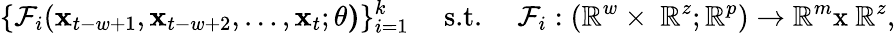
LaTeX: \{ \mathcal{F}_{i}(\mathbf{x}_{t-w+1},\mathbf{x}_{t-w+2},\dots,\mathbf{x}_{t};\mathbf{\theta)}\} _{i=1}^{k}\ \ \ \ \ \textrm{s.t.}\ \ \ \ \ \mathcal{F}_{i}:(\mathbb{R}^{w}\times\ \mathbb{R}^{z};\mathbb{R}^{p})\rightarrow\mathbb{R}^{m}\textrm{x}\ \mathbb{R}^{z},